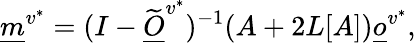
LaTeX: \underline{m}^{v^{*}}=(I-\widetilde{\underline{O}}^{v^{*}})^{-1}(A+2L[A])\underline{o}^{v^{*}},